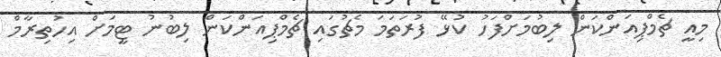
މިއީ ޗެމްޕިއަންކަން ލިބުމަށްފަހު ކުޅޭ ފުރަތަމަ މެޗުގައި ޗެމްޕިއަންކަން ލިބުނު ޓީމަށް އިހުތިރާމް